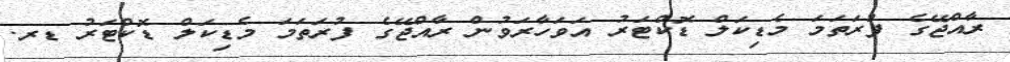
ރާއްޖޭގެ ފުރަތަމަ މެޑިކަލް ޑޮކްޓަރު އަވަހާރަވުން ރާއްޖޭގެ ފުރަތަމަ މެޑިކަލް ޑޮކްޓަރު ޑރ.